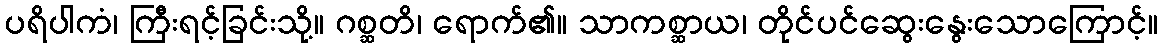
ပရိပါကံ၊ ကြီးရင့်ခြင်းသို့။ ဂစ္ဆတိ၊ ရောက်၏။ သာကစ္ဆာယ၊ တိုင်ပင်ဆွေးနွေးသောကြောင့်။